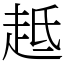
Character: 趆